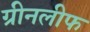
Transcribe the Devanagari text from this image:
ग्रीनलीफ